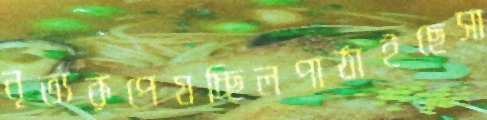
নৃত্যরূপেযচ্ছিলপাঠাইছেসা